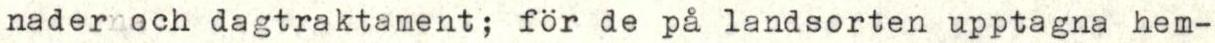
nadernoch dagtraktament; för de på landsorten upptagna hem-